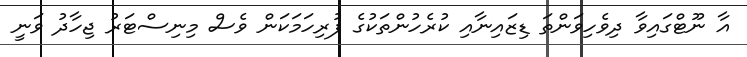
އާ ނޫޓްގައިވާ ދިވެހިވަންތަ ޑިޒައިނާއި ކުރެހުންތަކުގެ ފުރިހަމަކަން ވެސް މިނިސްޓަރު ޖިހާދު ވަނީ